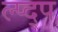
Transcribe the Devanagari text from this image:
ल्प्द्प